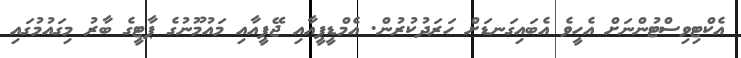
އެކްޓިވިސްޓުންނަށް އެހީވެ އެބައިގަނޑަށް ހަރަދުކުރުން. އެމްޑީޕީއާއި ޖޭޕީއާއި މައުމޫނުގެ ޕާޓީގެ ބާރު މިގައުމުގައި